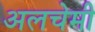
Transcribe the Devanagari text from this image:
अलचेमी